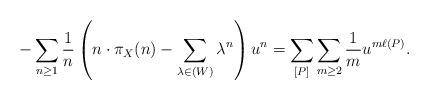
LaTeX: \begin{align*}- \sum_{n \geq 1} \frac{1}{n} \left( n \cdot \pi_{X}(n)- \sum_{\lambda \in (W)} \lambda^{n} \right) u^{n}= \sum_{[P]} \sum_{m \geq 2} \frac{1}{m} u^{m \ell(P)}. \end{align*}